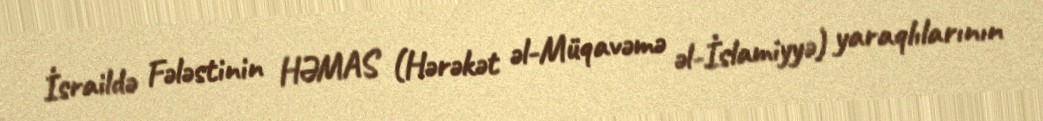
İsraildə Fələstinin HƏMAS (Hərəkət əl-Müqavəmə əl-İslamiyyə) yaraqlılarının